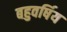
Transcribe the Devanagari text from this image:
बहुवर्षिय